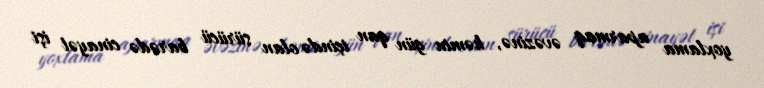
yoxlama aparmaq əvəzinə, həmin gün qan içində olan sürücü barədə cinayət işi